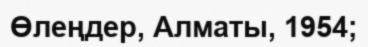
Өлеңдер, Алматы, 1954;